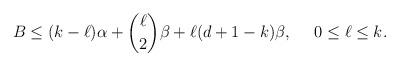
LaTeX: \begin{align*} B \leq (k-\ell)\alpha + \binom{\ell}{2} \beta + \ell (d+1-k) \beta, ~~~~0 \leq \ell \leq k.\end{align*}